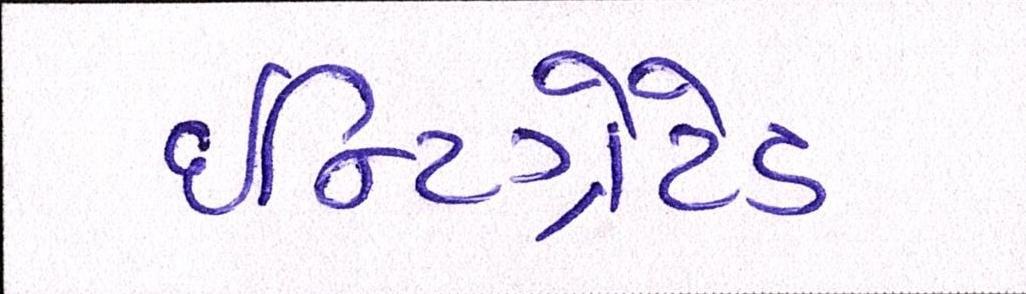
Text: ઇન્ટિગ્રેટેડ